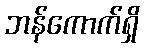
ဘန်ကောက်ရှိ